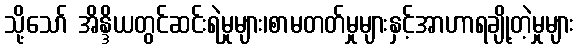
သို့သော် အိန္ဒိယတွင်ဆင်းရဲမှုများ၊စာမတတ်မှုများနှင့်အာဟာရချို့တဲ့မှုများ